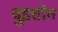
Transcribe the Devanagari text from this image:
वुइत्तोन